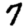
Digit: 7